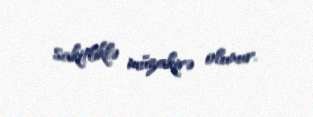
sakitliklə müzakirə olunur.